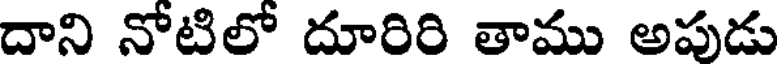
దాని నోటిలో దూరిరి తాము అపుడు